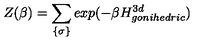
Z ( \beta ) = \sum _ { \{ \sigma \} } e x p ( - \beta H _ { g o n i h e d r i c } ^ { 3 d } )